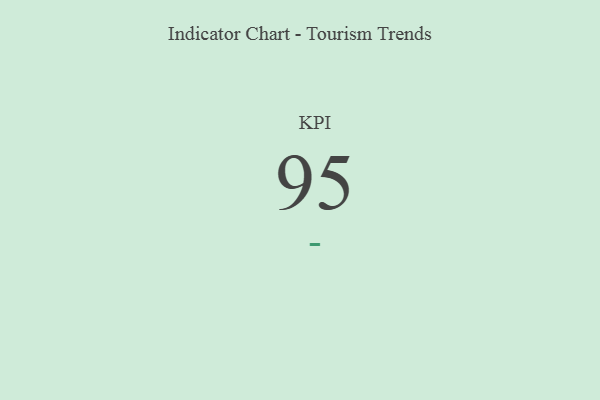
{"axis": {"x": "KPI", "y": "Value"}, "legend": [""], "data": [{"x": "KPI", "y": 95, "type": ""}]}